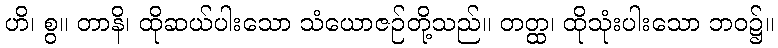
ဟိ၊ စွ။ တာနိ၊ ထိုဆယ်ပါးသော သံယောဇဉ်တို့သည်။ တတ္ထ၊ ထိုသုံးပါးသော ဘဝ၌။